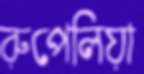
রুপেলিয়া